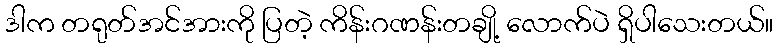
ဒါက တရုတ်အင်အားကို ပြတဲ့ ကိန်းဂဏန်းတချို့ လောက်ပဲ ရှိပါသေးတယ်။